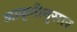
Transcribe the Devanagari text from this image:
आकृतीनुसार